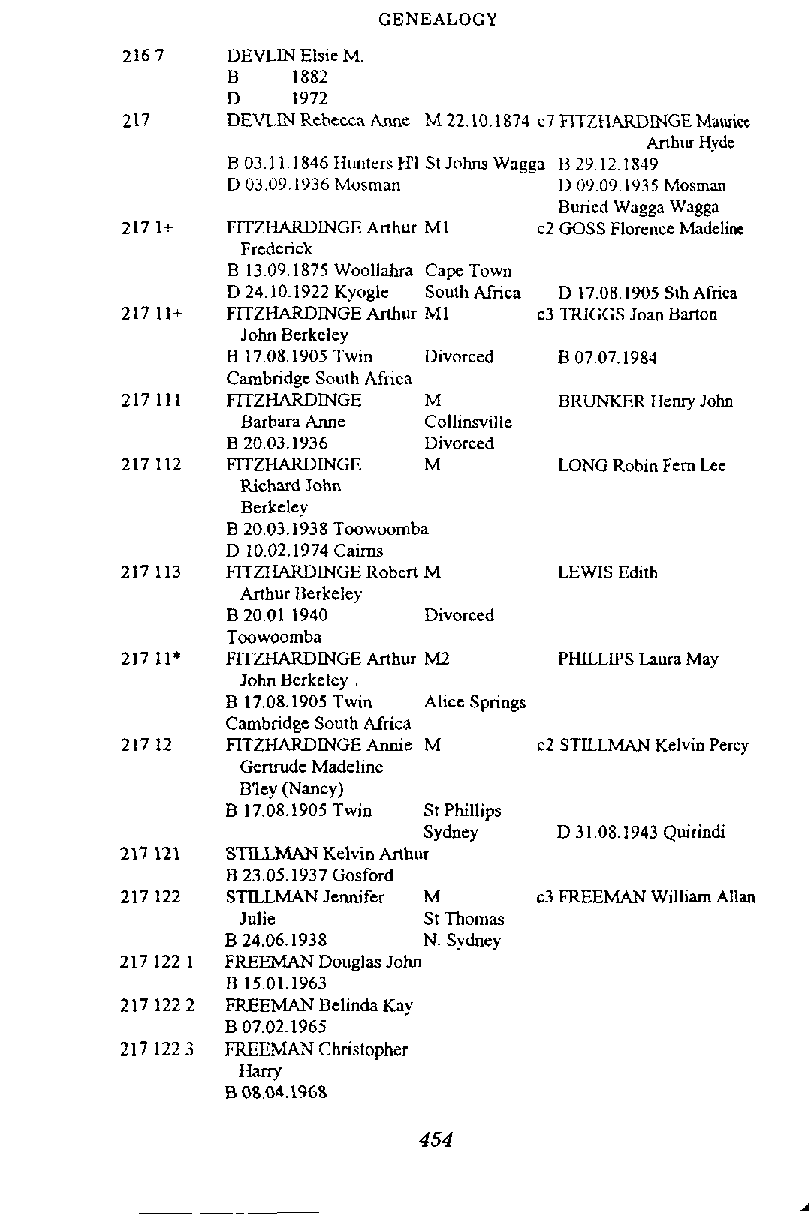
GENEALOGY
 DEVLIN Elsic M.
 B   1882
 D   1972
 DEVL.W Rsheccs hnnc M 22.10.1874 c7 RTZKARDINGE Maurice
 Arthur Hyde
 B 03.1 1.1846 Hunters WI St Johns Wagga Fj 29.12.1849
 D 03.091936 Mosman    U 0909.1935 Mosman
 Buried Waggs Wsgga
 FXZIIARDWGE Arthur M1 c2 GOSS Florence Madelins
 Frederick
 B 1309,1875 Woollabra Cam Town
 D 24.10.1922 Kyogle Sou7 th - A~ f ri~c~ a D 17.08.1905 S1h Africa
 FTTZHARDINGE Anhur MI c3 TWGGS Joan Barton
 John Berkeley
 B I7081905 Twin Divorced B 07.07.1983
 Cambridge South Africa
 FITZHARDINGE M        DRUNKER Henry John
 Barbara Anne Collinsville
 B 20.03.1936 Divorced
 FITZHARDINGE M        LONG Rohin Fern Lee
 Richard John
 Berkeley
 B 20.03.1938 Twwoomba
 D 10.02.1974 Cairns
 RTZHARDINGE Robcri M  LEWIS Edith
 Arthur Berkeley
 B 20.01 1940 Divorced
 Twwoornba
 FTTZHARDINGE Arthur M2 PHILLIPS Laura Mav
 JobB erkeley    . -
 B 17.08.1905 Twin Alice Sorinzs
 Cambridge South Africa
 FITZHARDINGE Annie M c2 STILLMAN Kelvin Percy
 Gertrude Madeline
 B'ley (Nancy)
 B 17.08.1905 Twin St Phillips
 Sydney   D 3108.1943 Quirindi
 STILLMAN Kelvin Arthur
 B 23,051937 Gosford
 STILLMAN Jennifer M  c3 mEMANW illiam Allan
 Julie       St Thomas
 B 24.06.1938 N. Sydney
 FREEMAN Douglas John
 B 1501.1963
 FREEMAN Belinda Kay
 B 07.02.1965
 FREEMAN Christopher
 Harry
 B 08.04.1968